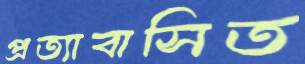
প্রত্যাবাসিত